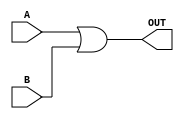

module MY_OR (A,B,OUT);
  input A,B;
  output reg OUT;
  always @ ( * ) begin
    OUT = A | B;
  end
endmodule // MY_OR